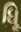
ધૂિ